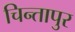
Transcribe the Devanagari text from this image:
चिन्तापुर